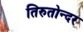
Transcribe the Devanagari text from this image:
तिरुतोन्दर